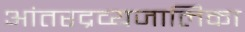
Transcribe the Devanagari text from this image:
आंतरद्रव्यजालिका